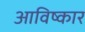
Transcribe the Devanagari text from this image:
आविष्‍कार